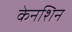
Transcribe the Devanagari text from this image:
केनशिन